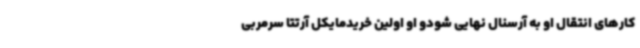
کارهای انتقال او به آرسنال نهایی شودو او اولین خریدمایکل آرتتا سرمربی